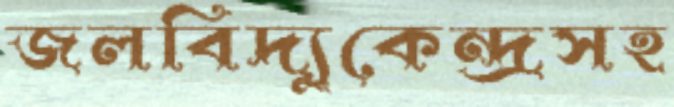
জলবিদ্যুকেন্দ্রসহ